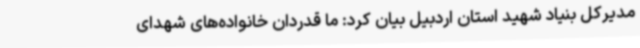
مدیرکل بنیاد شهید استان اردبیل بیان کرد: ما قدردان خانواده‌های شهدای